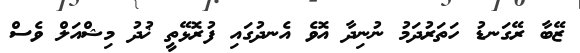
ޒޭބާ ރޭގަނޑު ހަތަރުދަމު ނުނިދާ އޮވެ އެނދުގައި ފުރޮޅޭތީ ޚުދު މިޝްއަލް ވެސް